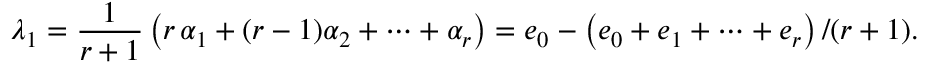
\lambda _ { 1 } = { \frac { 1 } { r + 1 } } \left( r \, \alpha _ { 1 } + ( r - 1 ) \alpha _ { 2 } + \cdots + \alpha _ { r } \right) = e _ { 0 } - \left( e _ { 0 } + e _ { 1 } + \cdots + e _ { r } \right) / ( r + 1 ) .